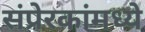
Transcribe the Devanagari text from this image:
संप्रेरकांमध्ये